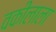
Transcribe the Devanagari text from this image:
वकीलाला